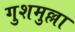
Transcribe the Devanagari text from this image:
गुशमुल्ला